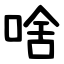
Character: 啥